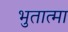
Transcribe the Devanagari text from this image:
भुतात्मा